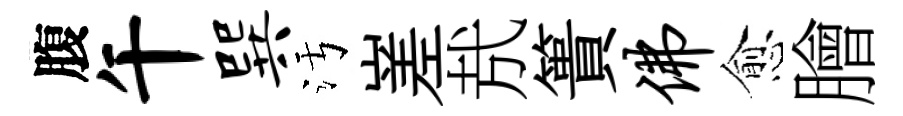
腹午巽污嵳㢤簣佛愈膾